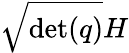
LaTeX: {\sqrt{\operatorname*{det}(q)}}H